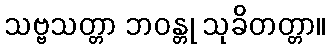
သဗ္ဗသတ္တာ ဘဝန္တု သုခိတတ္တာ။